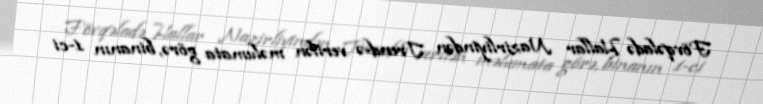
Fövqəladə Hallar Nazirliyindən Trend-ə verilən məlumata görə, binanın 1-ci